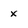
Character: x